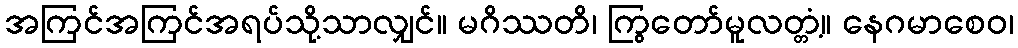
အကြင်အကြင်အရပ်သို့သာလျှင်။ မဂိဿတိ၊ ကြွတော်မူလတ္တံ့။ နေဂမာစေဝ၊